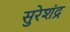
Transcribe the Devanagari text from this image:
सुरेशंद्र